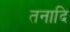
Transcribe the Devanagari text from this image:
तनादि